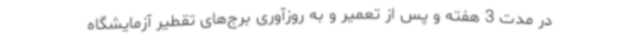
در مدت 3 هفته و پس از تعمیر و به روزآوری برج‌های تقطیر آزمایشگاه